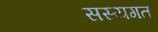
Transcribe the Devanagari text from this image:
सस्यगत